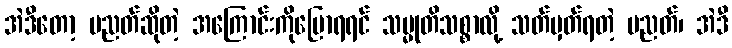
အဲဒီတော့ ပညတ်ဆိုတဲ့ အကြောင်းကိုပြောရရင် သမ္မုတိသစ္စာလို့ သတ်မှတ်ရတဲ့ ပညတ်၊ အဲဒီ